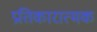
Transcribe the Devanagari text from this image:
प्रतिकारात्मक